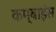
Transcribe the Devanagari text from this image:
कम्बाइंस